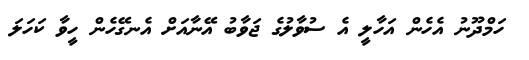
ހަމްދޫނު އެހެން އަހާލީ އެ ސުވާލުގެ ޖަވާބު އޭނާއަށް އެނގޭހެން ހީވާ ކަހަލަ